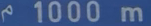
1000m